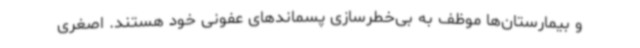
و بیمارستان‌ها موظف به بی‌خطرسازی پسماندهای عفونی خود هستند. اصغری